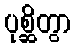
ပုစ္ဆိတွာ